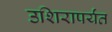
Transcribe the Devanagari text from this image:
उशिरापर्यंत